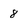
Character: 8